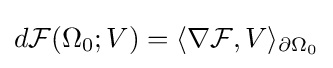
d{\mathcal {F}}(\Omega _{0};V)=\langle \nabla {\mathcal {F}},V\rangle _{\partial \Omega _{0}}